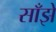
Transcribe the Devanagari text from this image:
साँझे